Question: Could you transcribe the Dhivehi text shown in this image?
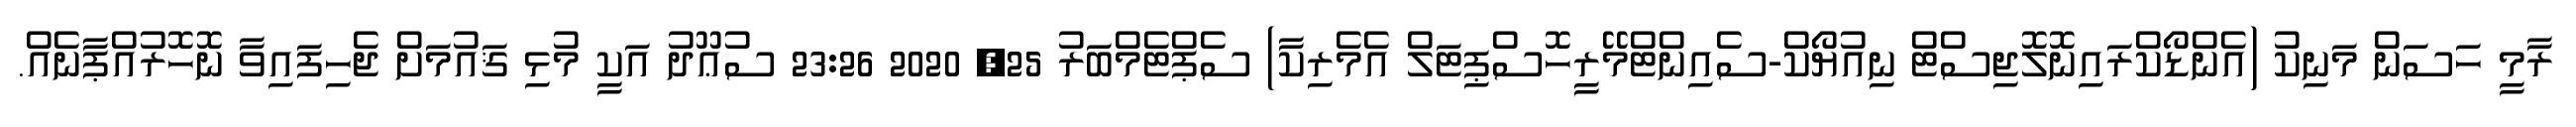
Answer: ރާމީ ހަސަން މަނިކު (އެންޑޯކްރައިނޮލޮޖިސްޓް ނިއުޔޯކް-ސެއިންޓްމޭރީހޮސްޕިޓަލް އެމެރިކާ) ސެޕްޓެމްބަރު 25, 2020 23:26 ސުޢޫދު އަކީ މުޅި ޤައުމަށް ޖެހިފައިވާ ނޮހޮރުއްޕާނެއް.